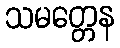
သမတ္တေန